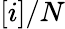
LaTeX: [i]/N